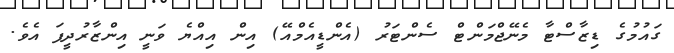
ގައުމުގެ ޑިޒާސްޓާ މެނޭޖްމަންޓް ސެންޓަރު (އެންޑީއެމްއޭ) އިން އިއްޔެ ވަނީ އިންޒާރުދީފަ އެވެ.